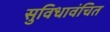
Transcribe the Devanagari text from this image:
सुविधावंचित